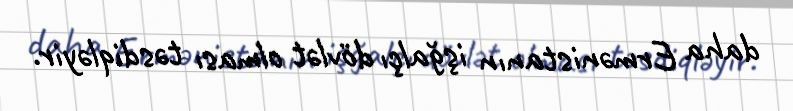
daha Ermənistanın işğalçı dövlət olması təsdiqləyir.